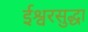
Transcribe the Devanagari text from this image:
ईश्वरसुद्धा